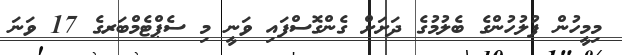
މިމީހުން ފުލުހުންގެ ބެލުމުގެ ދަށަށް ގެންގޮސްފައި ވަނީ މި ސެޕްޓެމްބަރގެ 17 ވަނަ